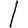
Digit: 1